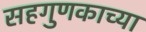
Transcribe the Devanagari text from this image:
सहगुणकाच्या